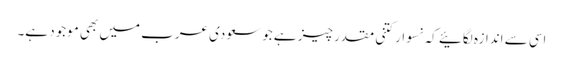
اسی سے اندازہ لگائیے کہ نسوار کتنی مقدر چیز ہے جو سعودی عرب میں بھی موجود ہے۔